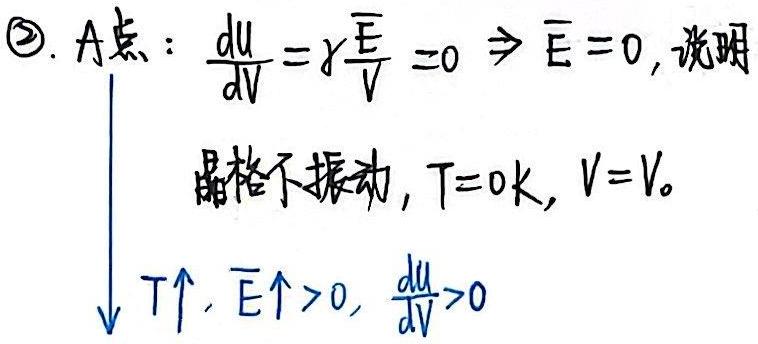
\textcircled{2}. $A$点：$\frac{\mathrm{d}u}{\mathrm{d}V}=\gamma\frac{\overline{E}}{V}=0\Rightarrow\overline{E}=0$，说明晶格不振动，$T = 0K$，$V = V_0$。

$T\uparrow,\overline{E}\uparrow>0,\frac{\mathrm{d}u}{\mathrm{d}V}>0$